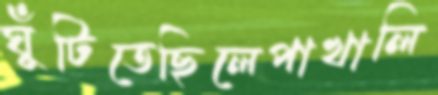
ঘুঁটিতেছিলেপাখালি